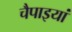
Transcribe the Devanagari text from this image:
चैपाइयां